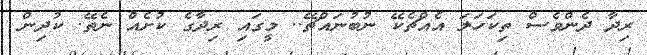
ރިދާ ދެންވެސް ތިކަހަލަ އެއްޗެކޭ ނުބުނައްޗޭ.. މީގައި ރިދާގެ ކުށެއް ނެތޭ. ކުދިން